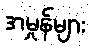
အမှုန်များ